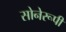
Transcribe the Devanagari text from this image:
सोनेरूपी